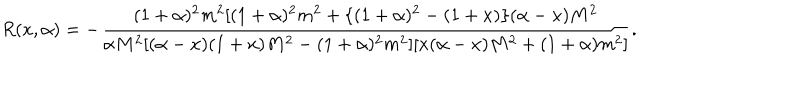
R ( x , \alpha ) = - \frac { ( 1 + \alpha ) ^ { 2 } m ^ { 2 } [ ( 1 + \alpha ) ^ { 2 } m ^ { 2 } + \{ ( 1 + \alpha ) ^ { 2 } - ( 1 + x ) \} ( \alpha - x ) M ^ { 2 } } { \alpha M ^ { 2 } [ ( \alpha - x ) ( 1 + x ) M ^ { 2 } - ( 1 + \alpha ) ^ { 2 } m ^ { 2 } ] [ x ( \alpha - x ) M ^ { 2 } + ( 1 + \alpha ) m ^ { 2 } ] } .